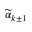
\widetilde \alpha _ { k \pm 1 }